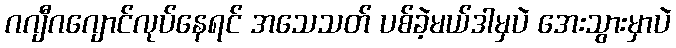
ဂဂျီဂဂျောင်လုပ်နေရင် အသေသတ် ပစ်ခဲ့မယ်ဒါမှပဲ အေးသွားမှာပဲ